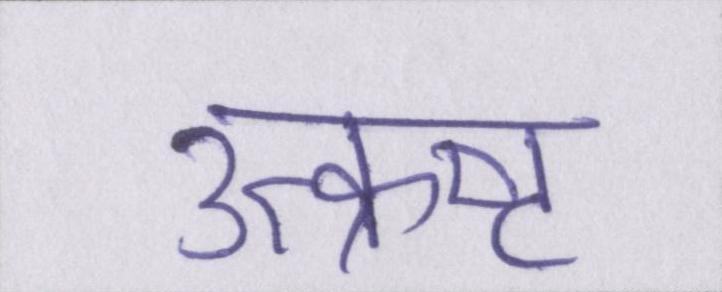
उत्क्रष्ट